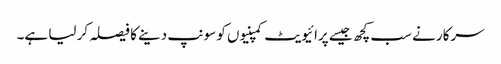
سرکار نے سب کچھ جیسے پرائیویٹ کمپنیوں کو سونپ دینے کا فیصلہ کر لیا ہے۔